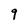
Character: 9